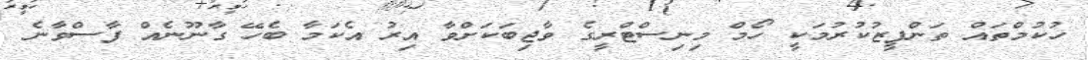
ހުކުމްތައް ތަންފީޒުކުރުމަކީ ހޯމް މިނިސްޓްރީގެ ވާޖިބަކަށްވާ އިރު އެކަމާ ބެހޭ ގާނޫނެއް ފާސްވާނެ